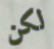
لكن